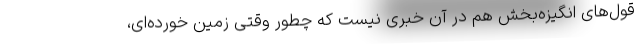
قول‌های انگیزه‌بخش هم در آن خبری نیست که چطور وقتی زمین خورده‌ای،